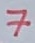
Text: 7